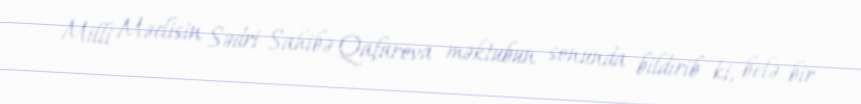
Milli Məclisin Sədri Sahibə Qafarova məktubun sonunda bildirib ki, belə bir